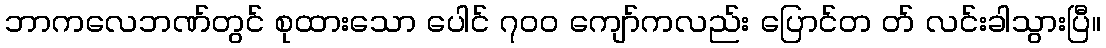
ဘာကလေဘဏ်တွင် စုထားသော ပေါင် ၇၀၀ ကျော်ကလည်း ပြောင်တ တ် လင်းခါသွားပြီ။